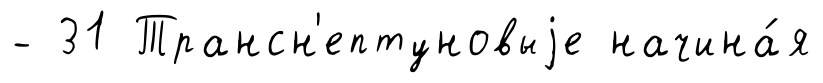
- 31 Трансн'ептуновыjе начина́я